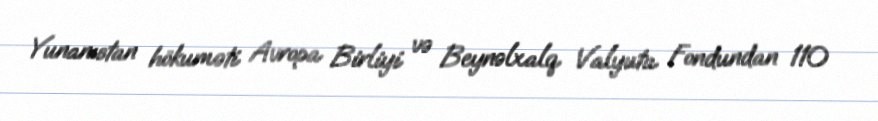
Yunanıstan hökuməti Avropa Birliyi və Beynəlxalq Valyuta Fondundan 110